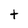
Character: t